Insane asylums in Bengal annual reports 1867-1875 - 1867-1875
Year: 1867
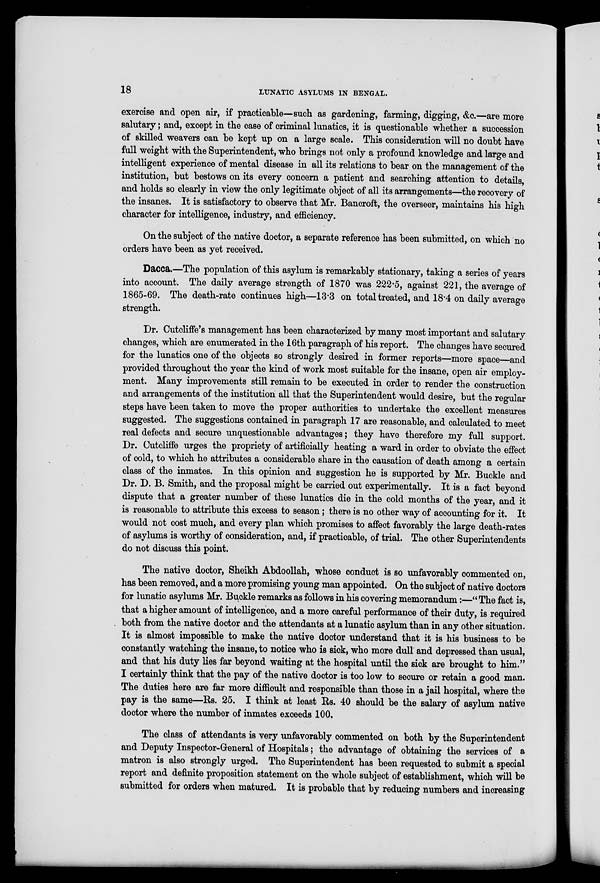
18
LUNATIC ASYLUMS IN BENGAL.
exercise and open air, if practicable—such as gardening, farming, digging, &c.—are more
salutary; and, except in the case of criminal lunatics, it is questionable whether a succession
of skilled weavers can be kept up on a large scale. This consideration will no doubt have
full weight with the Superintendent, who brings not only a profound knowledge and large and
intelligent experience of mental disease in all its relations to bear on the management of the
institution, but bestows on its every concern a patient and searching attention to details,
and holds so clearly in view the only legitimate object of all its arrangements—the recovery of
the insanes. It is satisfactory to observe that Mr. Bancroft, the overseer, maintains his high
character for intelligence, industry, and efficiency.
On the subject of the native doctor, a separate reference has been submitted, on which no
orders have been as yet received.
Dacca.—The population of this asylum is remarkably stationary, taking a series of years
into account. The daily average strength of 1870 was 222.5, against 221, the average of
1865-69. The death-rate continues high—13.3 on total treated, and 18.4 on daily average
strength.
Dr. Cutcliffe's management has been characterized by many most important and salutary
changes, which are enumerated in the 16th paragraph of his report. The changes have secured
for the lunatics one of the objects so strongly desired in former reports—more space—and
provided throughout the year the kind of work most suitable for the insane, open air employ-
ment. Many improvements still remain to be executed in order to render the construction
and arrangements of the institution all that the Superintendent would desire, but the regular
steps have been taken to move the proper authorities to undertake the excellent measures
suggested. The suggestions contained in paragraph 17 are reasonable, and calculated to meet
real defects and secure unquestionable advantages; they have therefore my full support.
Dr. Cutcliffe urges the propriety of artificially heating a ward in order to obviate the effect
of cold, to which he attributes a considerable share in the causation of death among a certain
class of the inmates. In this opinion and suggestion he is supported by Mr. Buckle and
Dr. D. B. Smith, and the proposal might be carried out experimentally. It is a fact beyond
dispute that a greater number of these lunatics die in the cold months of the year, and it
is reasonable to attribute this excess to season; there is no other way of accounting for it. It
would not cost much, and every plan which promises to affect favorably the large death-rates
of asylums is worthy of consideration, and, if practicable, of trial. The other Superintendents
do not discuss this point.
The native doctor, Sheikh Abdoollah, whose conduct is so unfavorably commented on,
has been removed, and a more promising young man appointed. On the subject of native doctors
for lunatic asylums Mr. Buckle remarks as follows in his covering memorandum:—"The fact is,
that a higher amount of intelligence, and a more careful performance of their duty, is required
both from the native doctor and the attendants at a lunatic asylum than in any other situation.
It is almost impossible to make the native doctor understand that it is his business to be
constantly watching the insane, to notice who is sick, who more dull and depressed than usual,
and that his duty lies far beyond waiting at the hospital until the sick are brought to him."
I certainly think that the pay of the native doctor is too low to secure or retain a good man.
The duties here are far more difficult and responsible than those in a jail hospital, where the
pay is the same—Rs. 25. I think at least Rs. 40 should be the salary of asylum native
doctor where the number of inmates exceeds 100.
The class of attendants is very unfavorably commented on both by the Superintendent
and Deputy Inspector-General of Hospitals; the advantage of obtaining the services of a
matron is also strongly urged. The Superintendent has been requested to submit a special
report and definite proposition statement on the whole subject of establishment, which will be
submitted for orders when matured. It is probable that by reducing numbers and increasing